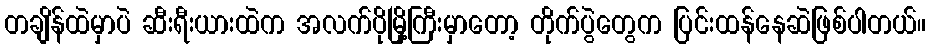
တချိန်ထဲမှာပဲ ဆီးရီးယားထဲက အလက်ပိုမြို့ကြီးမှာတော့ တိုက်ပွဲတွေက ပြင်းထန်နေဆဲဖြစ်ပါတယ်။